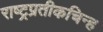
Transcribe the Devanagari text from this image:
राष्ट्रप्रतीकचिन्ह